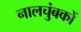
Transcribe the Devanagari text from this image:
नालचुंबकों